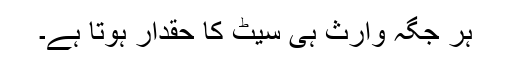
ہر جگہ وارث ہی سیٹ کا حقدار ہوتا ہے۔